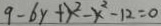
9 - 6 y + x ^ { 2 } - x ^ { 2 } - 1 2 = 0